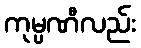
ကုမ္ပဏီလည်း